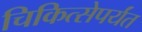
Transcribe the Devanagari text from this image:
चिकित्सेपर्यंत